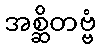
အစ္ဆိတဗ္ဗံ